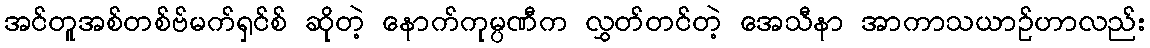
အင်တူအစ်တစ်ဗ်မက်ရှင်စ် ဆိုတဲ့ နောက်ကုမ္ပဏီက လွှတ်တင်တဲ့ အေသီနာ အာကာသယာဉ်ဟာလည်း